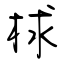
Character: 梂